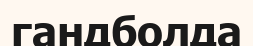
гандболда